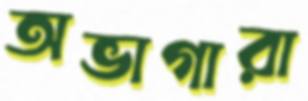
অভাগারা